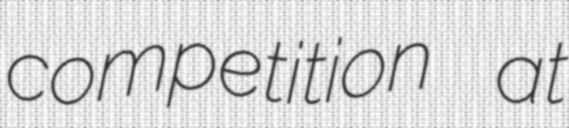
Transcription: competition at